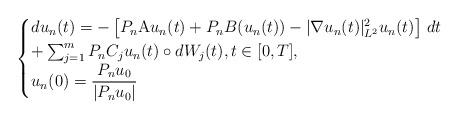
LaTeX: \begin{align*}\begin{cases}du_n(t) = -\left[P_n \mathrm{A} u_n(t) + P_nB(u_n(t)) - |\nabla u_n(t)|^2_{L^2} u_n(t) \right]\,dt \\+ \sum_{j=1}^m P_n C_j u_n(t) \circ dW_j(t), t \in [0,T],\\u_n(0) = \dfrac{P_n u_0}{|P_n u_0|}\end{cases}\end{align*}